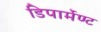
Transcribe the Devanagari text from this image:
डिपार्मेण्ट